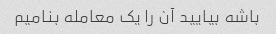
باشه بیایید آن را یک معامله بنامیم